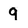
Character: 9